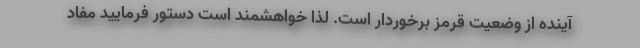
آینده از وضعیت قرمز برخوردار است. لذا خواهشمند است دستور فرمایید مفاد